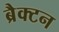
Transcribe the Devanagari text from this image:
ब्रैक्टन